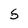
Character: S